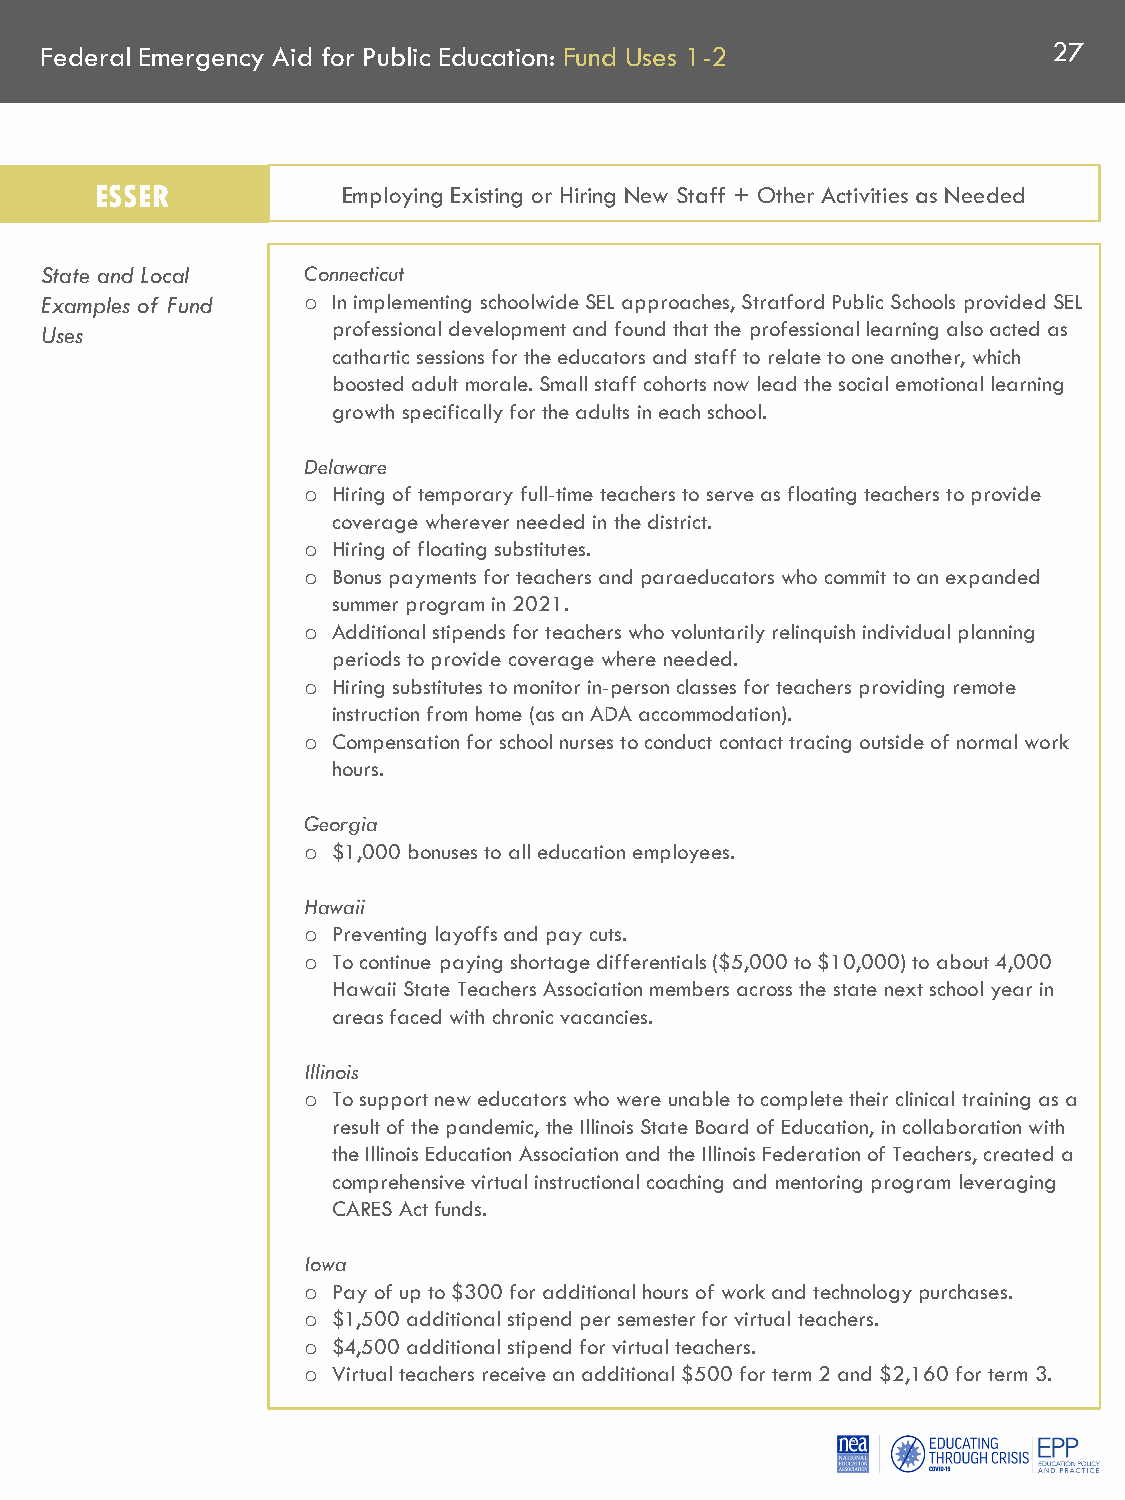
Federal Emergency Aid for Public Education: Fund Uses 1-2          27
 ESSER            Employing Existing or Hiring New Staff + Other Activities as Needed
 State and Local  Connecticut
 Examples of Fund   In implementing schoolwideSEL approaches, Stratford Public Schools provided SEL
 o
 Uses               professional development and found that the professional learning also acted as
 cathartic sessions for the educators and staff to relate to one another, which
 boosted adult morale. Small staff cohorts now lead the social emotional learning
 growth specifically for the adults in each school.
 Delaware
 Hiring of temporary full-time teachers to serve as floating teachers to provide
 o
 coverage wherever needed in the district.
 Hiring of floating substitutes.
 o
 Bonus payments for teachers and paraeducatorswho commit to an expanded
 o
 summer program in 2021.
 Additional stipends for teachers who voluntarily relinquish individual planning
 o
 periods to provide coverage where needed.
 Hiring substitutes to monitor in-person classes for teachers providing remote
 o
 instruction from home (as an ADA accommodation).
 Compensation for school nurses to conduct contact tracing outside of normal work
 o
 hours.
 Georgia
 $1,000 bonuses to all education employees.
 o
 Hawaii
 Preventing layoffs and pay cuts.
 o
 To continue paying shortage differentials ($5,000 to $10,000) to about 4,000
 o
 Hawaii State Teachers Association members across the state next school year in
 areas faced with chronic vacancies.
 Illinois
 To support new educators who were unable to complete their clinical training as a
 o
 result of the pandemic, the Illinois State Board of Education, in collaboration with
 the Illinois Education Association and the Illinois Federation of Teachers, created a
 comprehensive virtual instructional coaching and mentoring program leveraging
 CARES Act funds.
 Iowa
 Pay of up to $300 for additional hours of work and technology purchases.
 o
 $1,500 additional stipend per semester for virtual teachers.
 o
 $4,500 additional stipend for virtual teachers.
 o
 Virtual teachers receive an additional $500 for term 2 and $2,160 for term 3.
 o